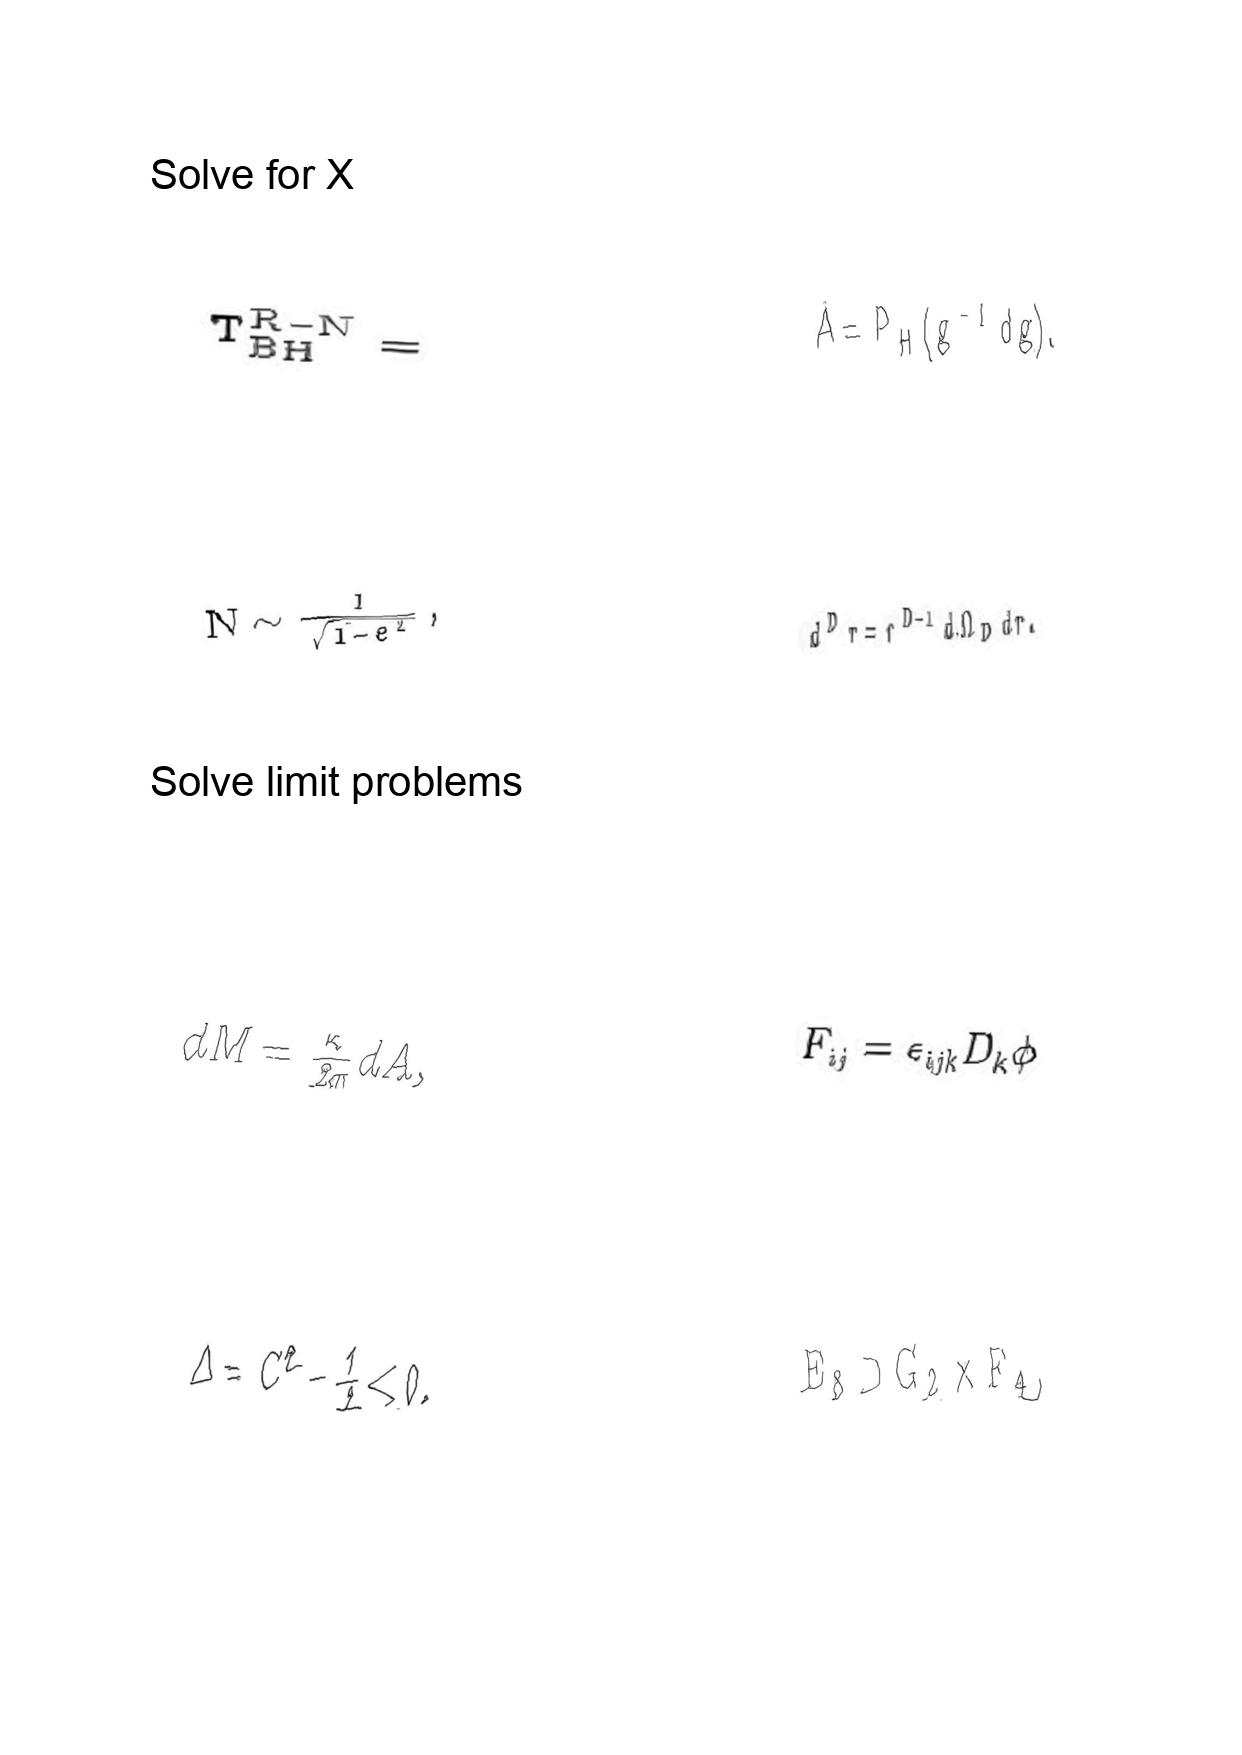
LaTeX transcription:
T _ { \mathrm { B H } } ^ { \mathrm { R - N } } =
N \sim \frac { 1 } { \sqrt { 1 - e ^ { 2 } } } ,
d M = \frac { \kappa } { 2 \pi } d A ,
\Delta = C ^ { 2 } - \frac { 1 } { 2 } \lt 0 .
A = P _ { H } \lparen g ^ { - 1 } d g \rparen .
d ^ { D } r = r ^ { D - 1 } d \Omega _ { D } d r .
F _ { i j } = \epsilon _ { i j k } D _ { k } \phi
E _ { 8 } \supset G _ { 2 } \times F _ { 4 } ,